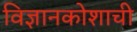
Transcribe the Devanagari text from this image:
विज्ञानकोशाची